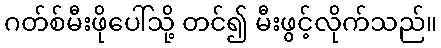
ဂတ်စ်မီးဖိုပေါ်သို့ တင်၍ မီးဖွင့်လိုက်သည်။